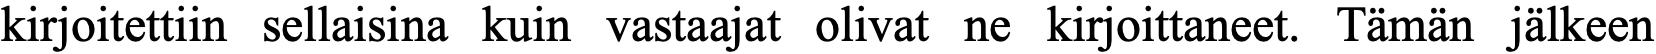
kirjoitettiin sellaisina kuin vastaajat olivat ne kirjoittaneet. Tämän jälkeen